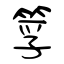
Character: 筟